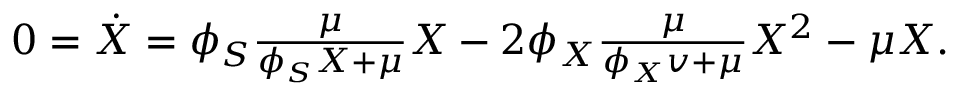
\begin{array} { r } { 0 = \dot { X } = \phi _ { S } \frac { \mu } { \phi _ { S } X + \mu } X - 2 \phi _ { X } \frac { \mu } { \phi _ { X } v + \mu } X ^ { 2 } - \mu X . } \end{array}